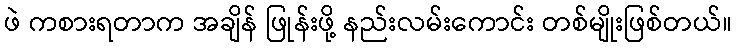
ဖဲ ကစားရတာက အချိန် ဖြုန်းဖို့ နည်းလမ်းကောင်း တစ်မျိုးဖြစ်တယ်။